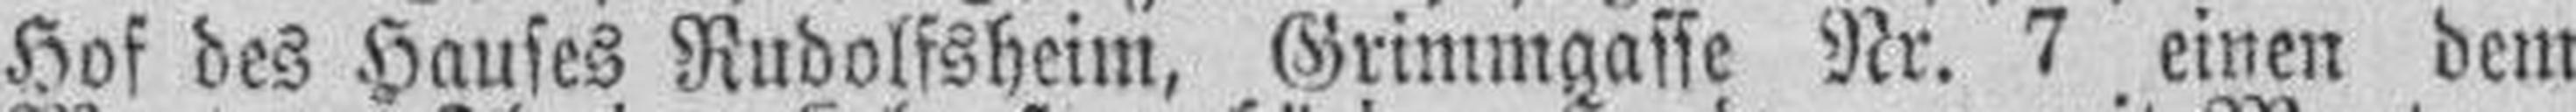
Hof des Hauses Rudolfsheim, Grimmgasse Nr. 7  einen dem